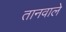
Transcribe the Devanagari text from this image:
तानवाले